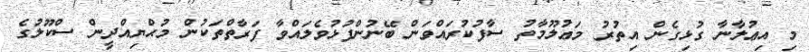
މި އިޢުލާނާ ގުޅިގެން އިތުރު މަޢުލޫމާތު ސާފުކުރައްވަން ބޭނުންފުޅުވެލައްވާ ފަރާތްތަކުން މުޙްޔިއްދީން ސްކޫލުގެ